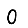
Digit: 0